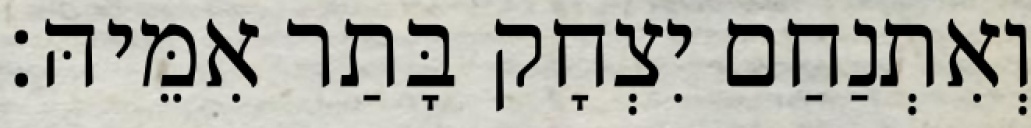
וְאִתְנַחַם יִצְחָק בָּתַר אִמֵּיהּ׃